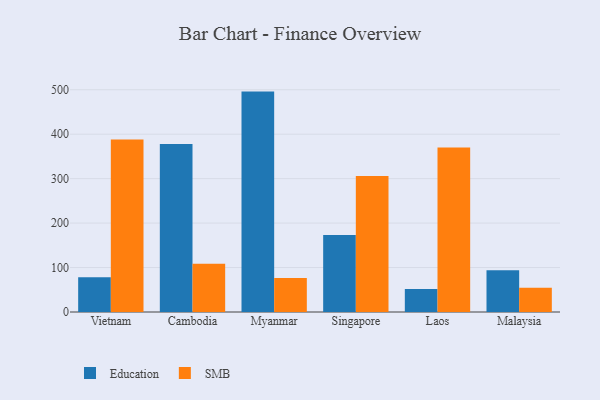
{"axis": {"x": "Country", "y": "Temperature (°C)"}, "legend": ["Education", "SMB"], "data": [{"x": "Vietnam", "y": 78.3, "type": "Education"}, {"x": "Vietnam", "y": 387.8, "type": "SMB"}, {"x": "Cambodia", "y": 378.2, "type": "Education"}, {"x": "Cambodia", "y": 108.5, "type": "SMB"}, {"x": "Myanmar", "y": 495.8, "type": "Education"}, {"x": "Myanmar", "y": 76.4, "type": "SMB"}, {"x": "Singapore", "y": 173.4, "type": "Education"}, {"x": "Singapore", "y": 305.9, "type": "SMB"}, {"x": "Laos", "y": 51.6, "type": "Education"}, {"x": "Laos", "y": 369.8, "type": "SMB"}, {"x": "Malaysia", "y": 94.1, "type": "Education"}, {"x": "Malaysia", "y": 54.5, "type": "SMB"}]}